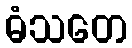
ဓံသတေ